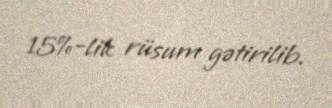
15%-lik rüsum gətirilib.